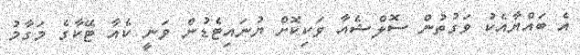
އެ ބައްޔާއެކު ވަގުތުން ސޮލްޝެއާ ވަކިކޮށް ޔުނައިޓެޑުން ވަނީ ކެއާ ޓޭކާގެ މަގާމު